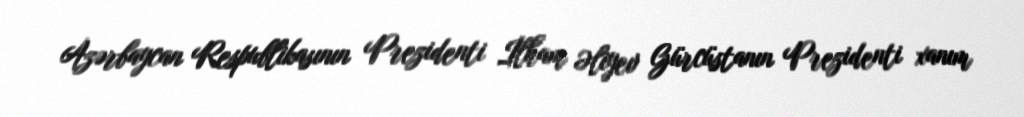
Azərbaycan Respublikasının Prezidenti İlham Əliyev Gürcüstanın Prezidenti xanım